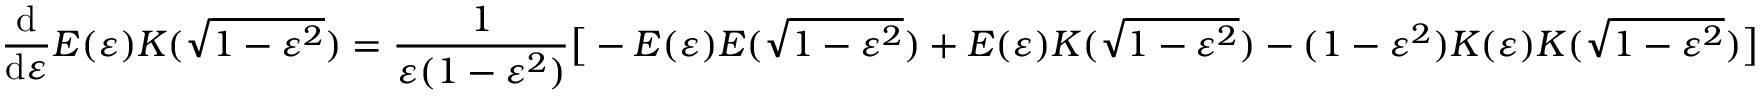
{ \frac { \mathrm { d } } { \mathrm { d } \varepsilon } } E ( \varepsilon ) K ( { \sqrt { 1 - \varepsilon ^ { 2 } } } ) = { \frac { 1 } { \varepsilon ( 1 - \varepsilon ^ { 2 } ) } } { \bigl [ } - E ( \varepsilon ) E ( { \sqrt { 1 - \varepsilon ^ { 2 } } } ) + E ( \varepsilon ) K ( { \sqrt { 1 - \varepsilon ^ { 2 } } } ) - ( 1 - \varepsilon ^ { 2 } ) K ( \varepsilon ) K ( { \sqrt { 1 - \varepsilon ^ { 2 } } } ) { \bigr ] }